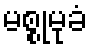
မစ္စုမုခံ